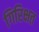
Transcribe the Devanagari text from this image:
गिरिक्षत